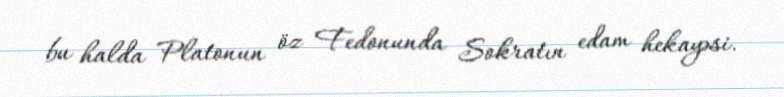
bu halda Platonun öz Fedonunda Sokratın edam hekayəsi.